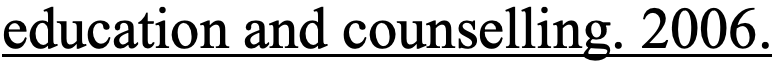
education and counselling. 2006.